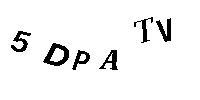
5DPATV